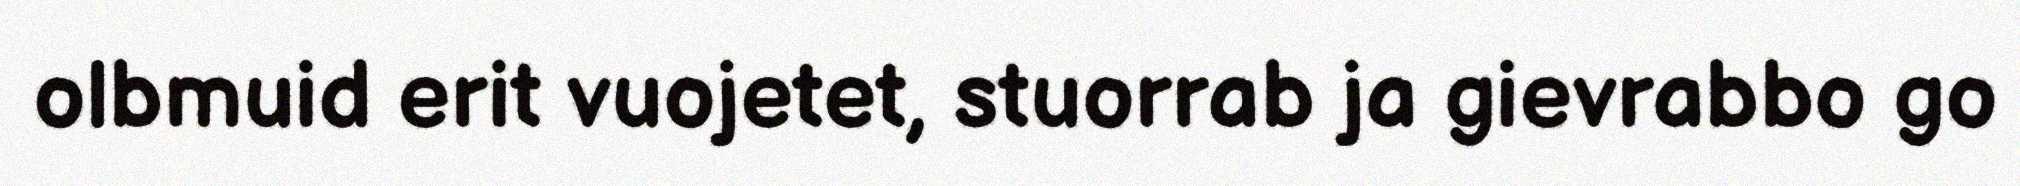
olbmuid erit vuojetet, stuorrab ja gievrabbo go